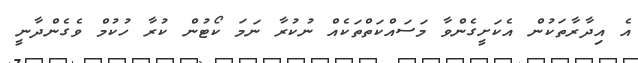
އެ އިދާރާތަކުން އެކަށީގެންވާ މަސައްކަތްތަކެއް ނުކުރާ ނަމަ ކޯޓުން ކުރާ ހުކުމް ވެގެންދާނީ